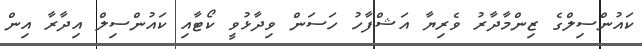
ކައުންސިލްގެ ޒިންމާދާރު ވެރިޔާ އަޝްފާހު ހަސަން ވިދާޅުވީ ކޯޓާއި ކައުންސިލް އިދާރާ އިން